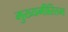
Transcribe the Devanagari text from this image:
मुख्यमीरितम